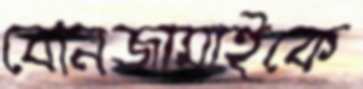
বোনজামাইকে